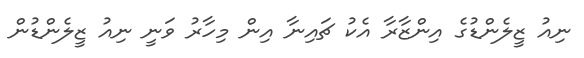
ނިއު ޒީލެންޑުގެ އިންޒާރާ އެކު ޗައިނާ އިން މިހާރު ވަނީ ނިއު ޒީލެންޑުން